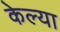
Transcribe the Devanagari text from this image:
केल्‍या